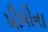
મીમીના